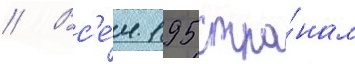
// Вс'е́м 195 стра́нам